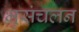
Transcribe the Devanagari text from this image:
भुसंचलन